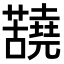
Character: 𫊐